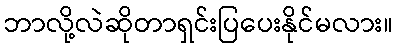
ဘာလို့လဲဆိုတာရှင်းပြပေးနိုင်မလား။